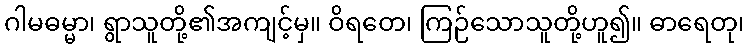
ဂါမဓမ္မာ၊ ရွာသူတို့၏အကျင့်မှ။ ဝိရတေ၊ ကြဉ်သောသူတို့ဟူ၍။ ဓာရေတု၊